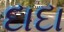
દાદા